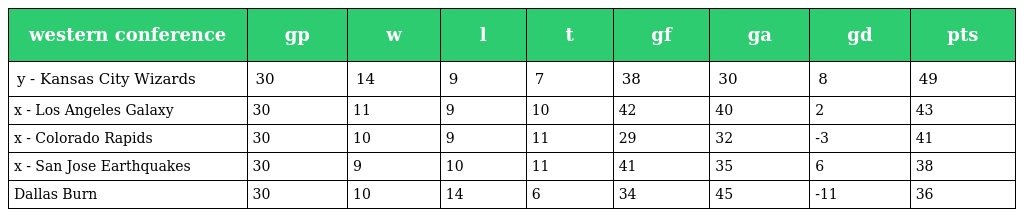
| western conference | gp | w | l | t | gf | ga | gd | pts |
 | --- | --- | --- | --- | --- | --- | --- | --- | --- |
 | y - Kansas City Wizards | 30 | 14 | 9 | 7 | 38 | 30 | 8 | 49 |
 | x - Los Angeles Galaxy | 30 | 11 | 9 | 10 | 42 | 40 | 2 | 43 |
 | x - Colorado Rapids | 30 | 10 | 9 | 11 | 29 | 32 | -3 | 41 |
 | x - San Jose Earthquakes | 30 | 9 | 10 | 11 | 41 | 35 | 6 | 38 |
 | Dallas Burn | 30 | 10 | 14 | 6 | 34 | 45 | -11 | 36 |